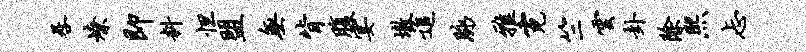
晷燎即料怛盟无背腹宴墩追脉雅霓竺云卦除熙忐